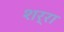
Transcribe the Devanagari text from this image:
शर्रा